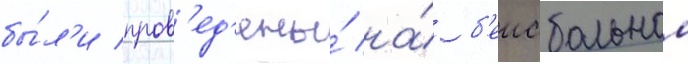
бы́л'и пров'ед'ены́ на́ б'еисбольном